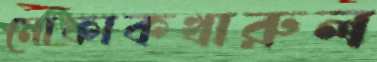
মোফাকখারুল